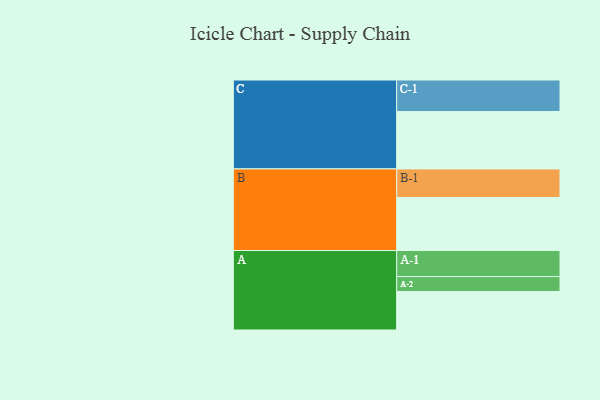
{"axis": {"x": "Segment", "y": "Value"}, "legend": ["", "A", "B", "C"], "data": [{"x": "A", "y": 347, "type": ""}, {"x": "B", "y": 478, "type": ""}, {"x": "C", "y": 518, "type": ""}, {"x": "A-1", "y": 235, "type": "A"}, {"x": "A-2", "y": 135, "type": "A"}, {"x": "B-1", "y": 258, "type": "B"}, {"x": "C-1", "y": 284, "type": "C"}]}